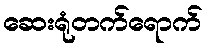
ဆေးရုံတက်ရောက်